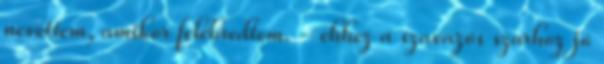
nevettem, amikor felébredtem. - ehhez a szavazós szarhoz jó